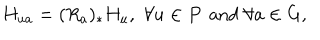
H _ { u a } = ( R _ { a } ) _ { * } H _ { u } , \, \, \forall u \in P \, \mathrm { ~ a n d ~ } \forall a \in G ,